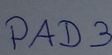
Text: PAD3